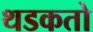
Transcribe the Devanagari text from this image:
थडकतो